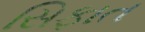
સિફાત